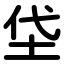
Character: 垈